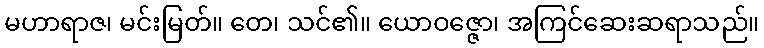
မဟာရာဇ၊ မင်းမြတ်။ တေ၊ သင်၏။ ယောဝဇ္ဇော၊ အကြင်ဆေးဆရာသည်။